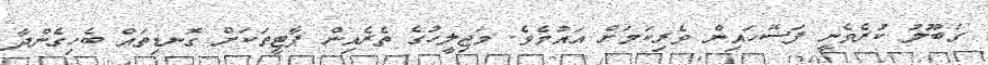
ގަބޫލު ކުރެވެނީ ފަސޭހައިން ވެރިކަމަށް އައުމެވެ. މަޖިލީހުގެ ތެރެއިން ޕާޓީތަކަށް ގޮނޑިތައް ބެހިގެންދާ